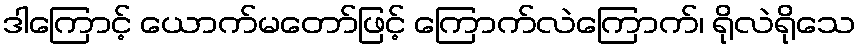
ဒါကြောင့် ယောက်မတော်ဖြင့် ကြောက်လဲကြောက်၊ ရိုလဲရိုသေ